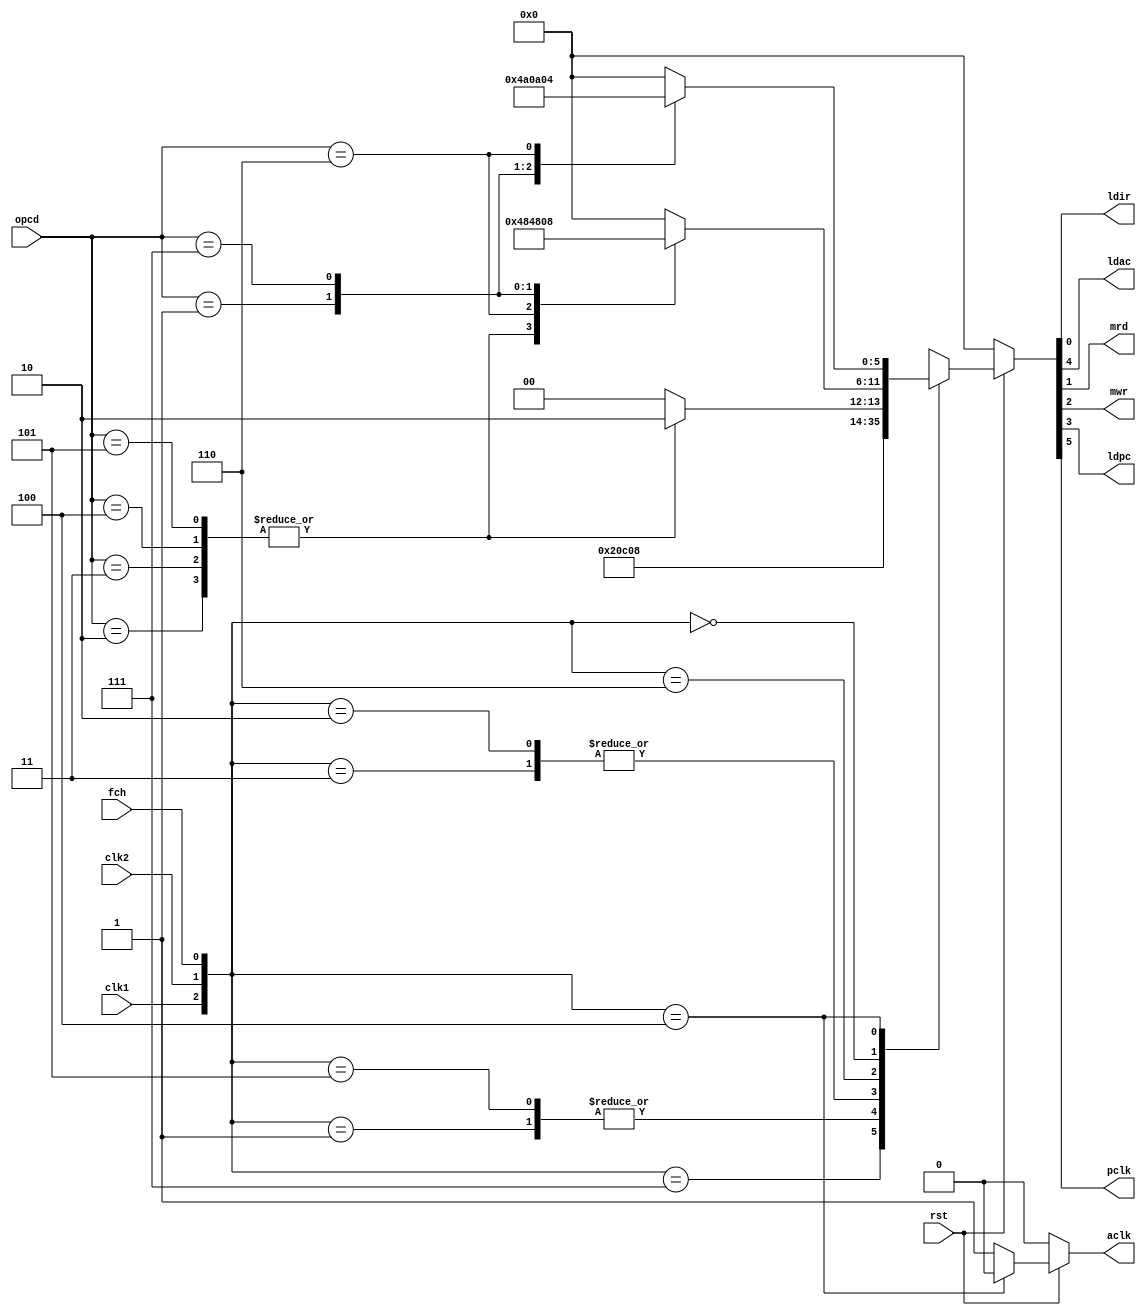
module decode(clk1,clk2,fch,rst,opcd,ldir,ldac,mrd,mwr,ldpc,pclk,aclk);

input clk1;
input clk2;
input rst;
input fch;
input [2:0] opcd;

output ldir;
output ldac;
output mrd;
output mwr;
output ldpc;

output pclk;
output aclk;



reg  aclk;
wire [2:0] seq;
reg [7:0] dout;

assign seq = {clk1,clk2,fch};

always @(*) begin

	if(!rst) begin
		dout = 0;
	end else begin

		case(seq) 
			3'b011	: begin
					dout =  6'b000000;
			  	  end 	
			3'b111	: begin
					dout =  6'b000010;
				  end 	
			3'b001	: begin
					dout =  6'b000011;
				  end 	
			3'b101	: begin
					dout =  6'b000011;
				  end 	
			3'b010	: begin
					dout =  6'b000000;
				  end 	
			3'b110	: begin

				   case(opcd) 
	
					3'b010 : begin
							dout =  6'b100010;
				  		  end 	
					3'b011 : begin
							dout =  6'b100010; 
						  end
					3'b100 : begin
							dout =  6'b100010; 
						  end
					3'b101 : begin
							dout =  6'b100010; 
						  end
					default : begin
							dout =  6'b100000; 
						  end
				    endcase
			           end
			3'b000	: begin

				   case(opcd) 
	
					3'b010 : begin
							dout =  6'b010010;
				  		  end 	
					3'b011 : begin
							dout =  6'b010010; 
						  end
					3'b100 : begin
							dout =  6'b010010; 
						  end
					3'b101 : begin
							dout =  6'b010010; 
						  end
					3'b110 : begin
							dout =  6'b000100; 
						  end
					3'b001 : begin
							dout =  6'b100000; 
						  end
					3'b111 : begin
							dout =  6'b001000; 
						  end

					default : begin
							dout =  6'b000000; 
						  end
				    endcase
			           end
			3'b100	: begin

				   case(opcd) 
	
					3'b010 : begin
							dout =  6'b010010;
				  		  end 	
					3'b011 : begin
							dout =  6'b010010; 
						  end
					3'b100 : begin
							dout =  6'b010010; 
						  end
					3'b101 : begin
							dout =  6'b010010; 
						  end
					3'b001 : begin
							dout =  6'b100000; 
						  end
					3'b111 : begin
							dout =  6'b101000; 
						  end
					3'b110 : begin
							dout =  6'b000100; 
						  end

					default : begin
							dout =  6'b000000; 
						  end
				    endcase
				end
		
		endcase
	end
end


assign ldir = dout[0];
assign mrd   = dout[1];
assign mwr  = dout[2];
assign ldpc = dout[3];
assign ldac = dout[4];
assign pclk = dout[5];


always @(*) begin
	if(!rst) begin
		aclk = 0;
	end else begin
		case(seq) 

			3'b100  : aclk = 0;
			
			default : aclk = 1;

		endcase
	end
end


endmodule